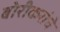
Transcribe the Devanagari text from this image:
बोरीकरांचे